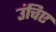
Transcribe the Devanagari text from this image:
उंचिए